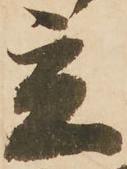
立